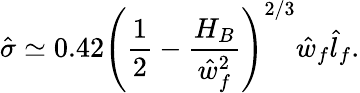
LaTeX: \hat{\sigma}\simeq 0.42\left(\frac{1}{2}-\frac{H_{B}}{\hat{w}_{f}^{2}}\right)^{2/3}\hat{w}_{f}\hat{l}_{f}.